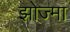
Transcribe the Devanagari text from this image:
झोज्मा